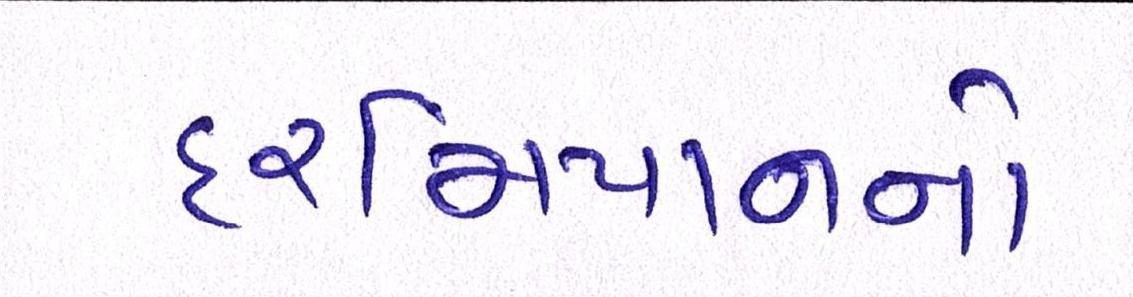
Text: દરમિયાનનો